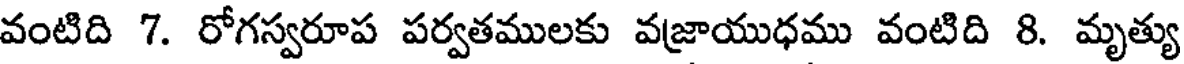
వంటిది 7. రోగస్వరూప పర్వతములకు వజ్రాయుధము వంటిది 8. మృత్యు